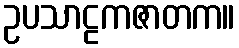
ဥပသာဠကဇာတက။